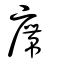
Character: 廗